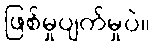
ဖြစ်မှုပျက်မှုပဲ။